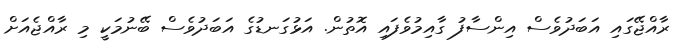
ރާއްޖޭގައި އަބަދުވެސް އިންސާފު ގާއިމުވެފައި އޮތުން. އަޅުގަނޑުގެ އަބަދުވެސް ބޭނުމަކީ މި ރާއްޖެއަށް